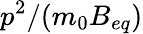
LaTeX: p^{2}/(m_{0}B_{eq})